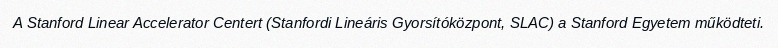
A Stanford Linear Accelerator Centert (Stanfordi Lineáris Gyorsítóközpont, SLAC) a Stanford Egyetem működteti.